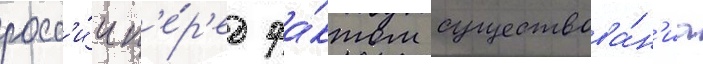
росс'и́и п'е́р'ед фа́ктом существова́н'иа